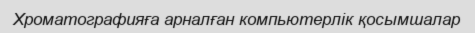
Хроматографияға арналған компьютерлік қосымшалар